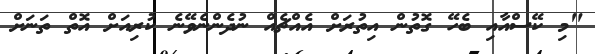
"މި ކޭސްއާއި ބެހޭ ގޮތުން އިތުރަށް އެއްޗެއް ނުދެންނެވޭނެ ކުރިއަށް އޮތް ތަނަށް